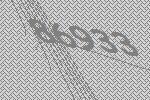
86933